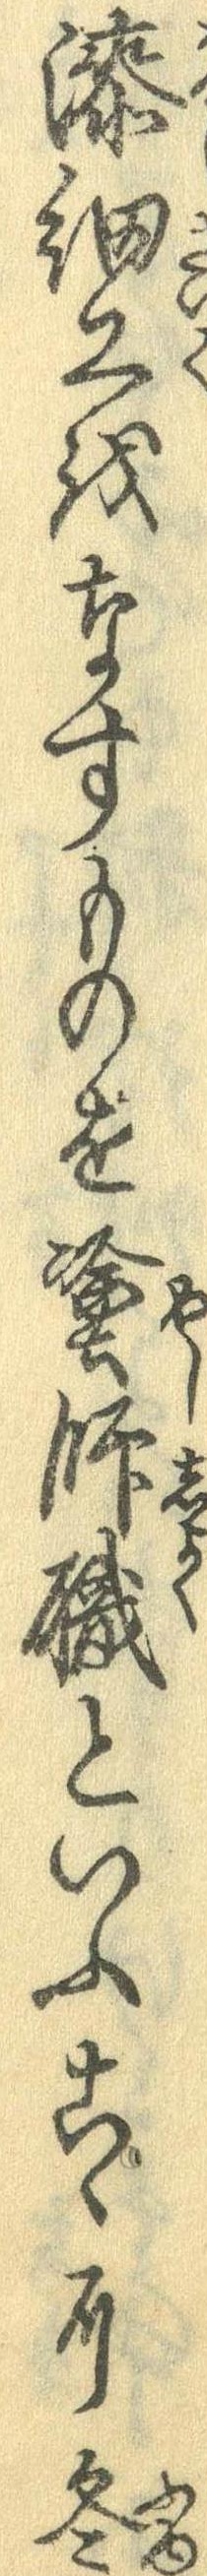
漆細工をなすものを塗師職といふこゝに冬